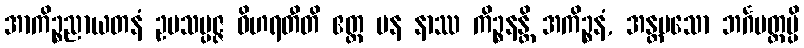
အာကိဉ္စညာယတနံ ဥပသမ္ပဇ္ဇ ဝိဟရတီတိ ဧတ္ထ ပန နာဿ ကိဉ္စနန္တိ အကိဉ္စနံ, အန္တမသော ဘင်္ဂမတ္တမ္ပိ